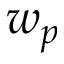
w _ { p }